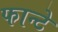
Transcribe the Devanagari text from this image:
फान्टे